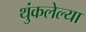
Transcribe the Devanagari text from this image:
थुंकलेल्या